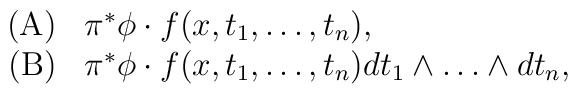
\begin{array}{rl} \mbox{(A)} & \pi^{*}\phi\cdot f(x,t_{1},\dots,t_{n}), \\                  \mbox{ (B)} & \pi^{*}\phi\cdot f(x,t_{1},\dots,t_{n})                  dt_{1}\wedge\dots\wedge dt_{n},\end{array}